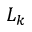
L _ { k }